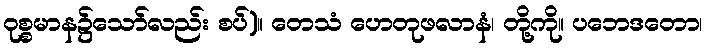
ဝုစ္စမာန၌သော်လည်း စပ်)။ တေသံ ဟေတုဖလာနံ၊ တို့ကို။ ပဘေဒတော၊